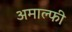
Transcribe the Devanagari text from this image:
अमाल्फी